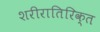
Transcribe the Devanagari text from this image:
शरीरातिरिक्त